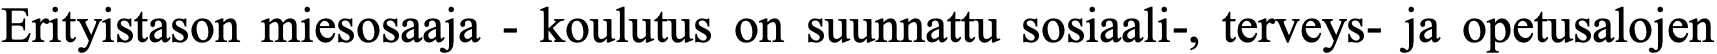
Erityistason miesosaaja - koulutus on suunnattu sosiaali-, terveys- ja opetusalojen